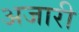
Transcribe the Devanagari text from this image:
अजारी